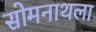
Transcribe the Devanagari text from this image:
सोमनाथला